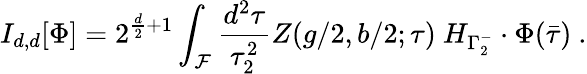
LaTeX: I_{d,d}[\Phi]=2^{\frac{d}{2}+1}\int_{{\cal F}}\frac{d^{2}\tau}{\tau_{2}^{2}}Z(g/2,b/2;\tau)~H_{\Gamma_{2}^{-}}\cdot\Phi(\bar{\tau})\ .